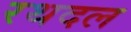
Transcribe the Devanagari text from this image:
रथदल